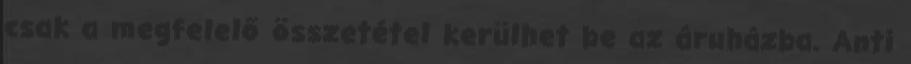
csak a megfelelő összetétel kerülhet be az áruházba. Anti